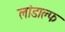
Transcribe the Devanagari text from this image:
लांडाल्फ